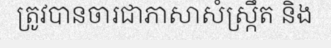
ត្រូវបានចារជាភាសាសំស្ក្រឹត និង